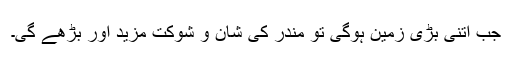
جب اتنی بڑی زمین ہوگی تو مندر کی شان و شوکت مزید اور بڑھے گی۔